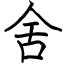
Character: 舍